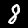
Label: 8